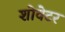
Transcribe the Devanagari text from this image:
शोवेटर